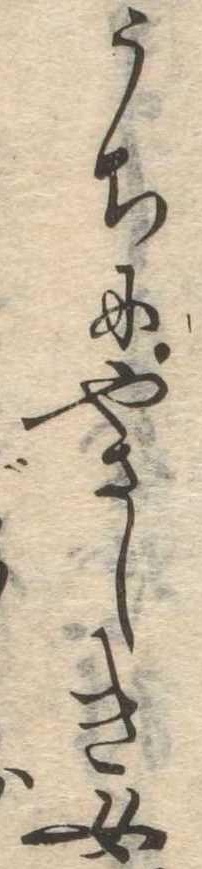
うちにやさしき女